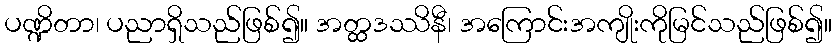
ပဏ္ဍိတာ၊ ပညာရှိသည်ဖြစ်၍။ အတ္ထဒဿိနီ၊ အကြောင်းအကျိုးကိုမြင်သည်ဖြစ်၍။